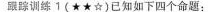
跟踪训练1(★★☆)已知如下四个命题：